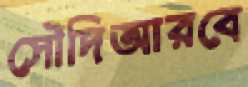
সৌদিআরবে